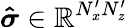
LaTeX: \boldsymbol{\hat{\sigma}}\in\mathbb{R}^{N_{x}^{\prime}N_{z}^{\prime}}